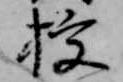
授